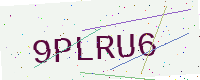
Text: 9PLRU6